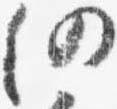
仍